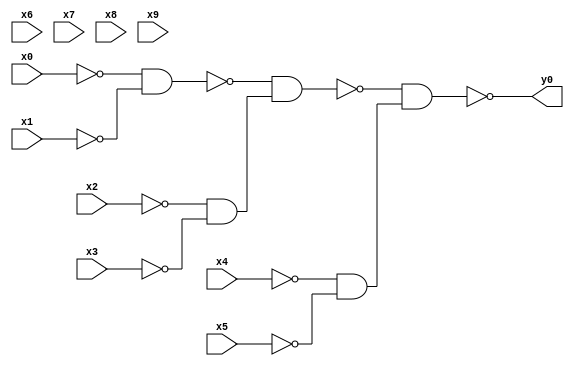
module top( x0 , x1 , x2 , x3 , x4 , x5 , x6 , x7 , x8 , x9 , y0 );
  input x0 , x1 , x2 , x3 , x4 , x5 , x6 , x7 , x8 , x9 ;
  output y0 ;
  wire n11 , n12 , n13 , n14 , n15 ;
  assign n11 = ~x0 & ~x1 ;
  assign n12 = ~x2 & ~x3 ;
  assign n13 = ~n11 & n12 ;
  assign n14 = ~x4 & ~x5 ;
  assign n15 = ~n13 & n14 ;
  assign y0 = ~n15 ;
endmodule